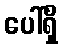
ပေါ်ရှိ